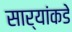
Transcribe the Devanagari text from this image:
सार्‍यांकडे